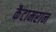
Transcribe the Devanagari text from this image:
कैटामरान